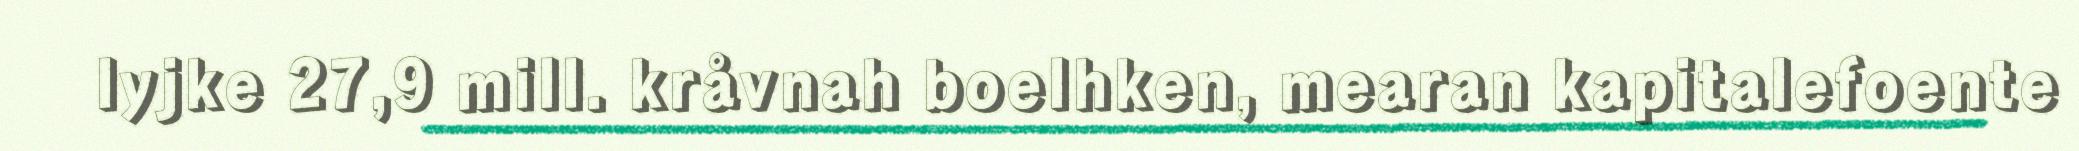
lyjke 27,9 mill. kråvnah boelhken, mearan kapitalefoente